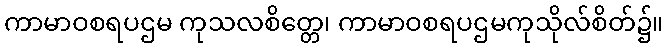
ကာမာဝစရပဌမ ကုသလစိတ္တေ၊ ကာမာဝစရပဌမကုသိုလ်စိတ်၌။